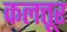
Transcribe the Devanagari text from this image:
कलत्तूर